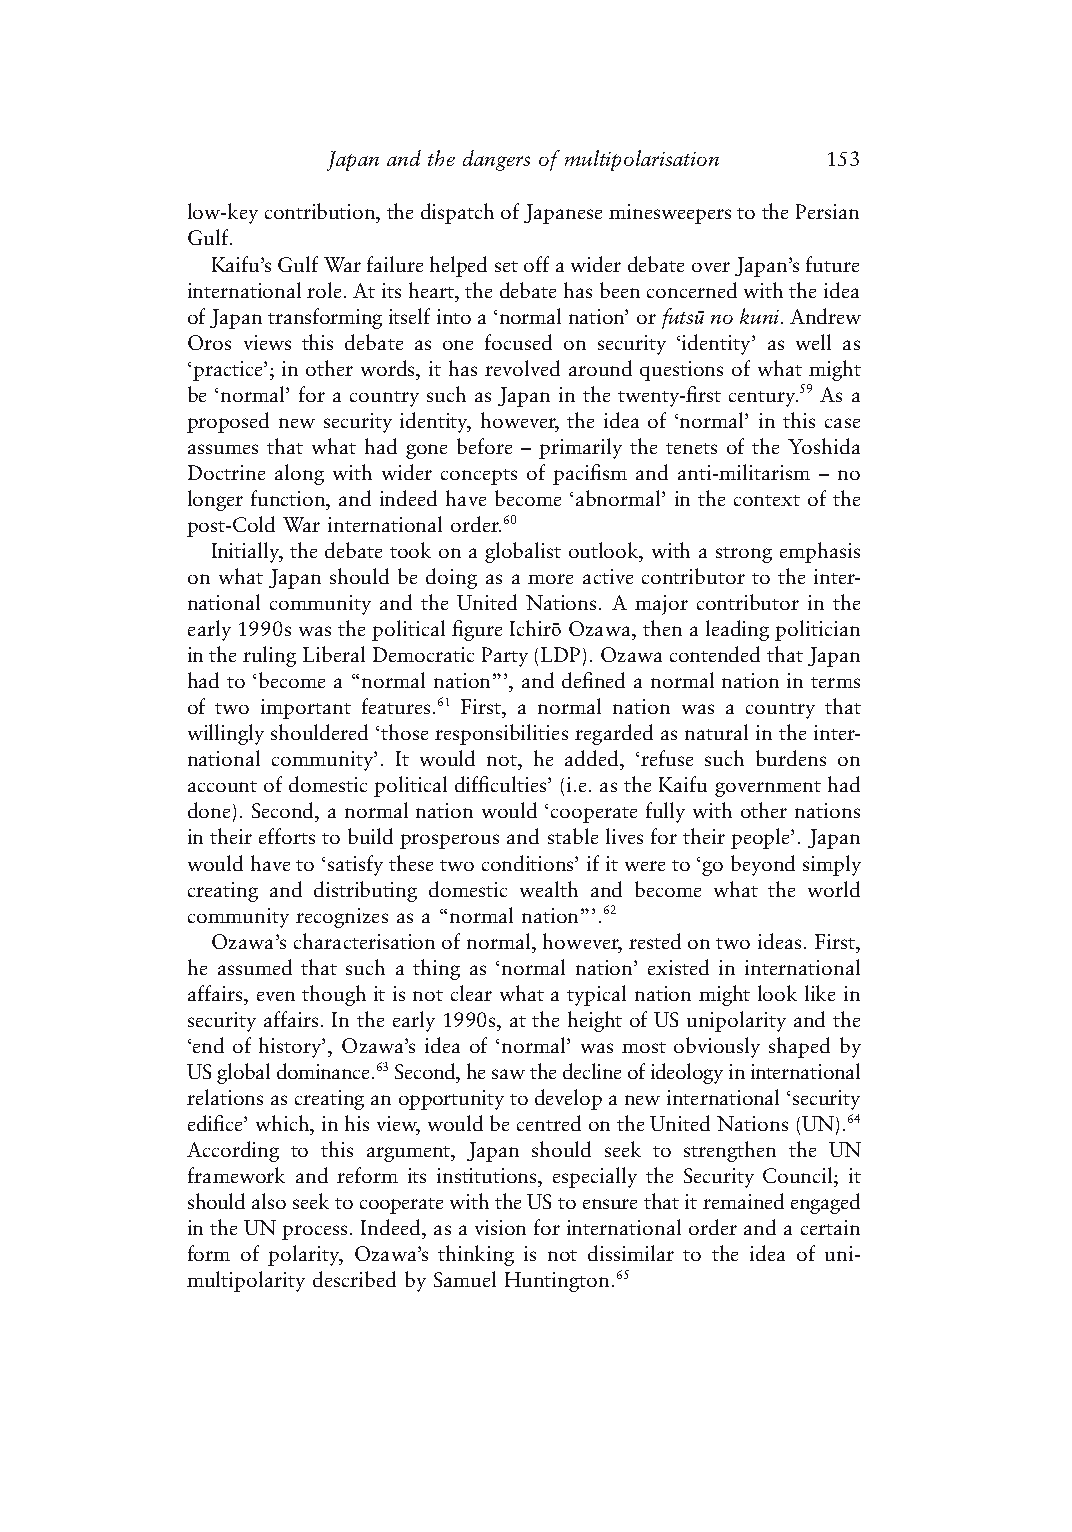
Japan and the dangers of multipolarisation 153
 low-key contribution, the dispatch of Japanese minesweepers to the Persian
 Gulf.
 Kaifu’s Gulf War failure helped set off a wider debate over Japan’s future
 international role. At its heart, the debate has been concerned with the idea
 of Japan transforming itself into a ‘normal nation’ or futsū no kuni. Andrew
 Oros views this debate as one focused on security ‘identity’ as well as
 ‘practice’; in other words, it has revolved around questions of what might
 be ‘normal’ for a country such as Japan in the twenty-first century.59 As a
 proposed new security identity, however, the idea of ‘normal’ in this case
 assumes that what had gone before – primarily the tenets of the Yoshida
 Doctrine along with wider concepts of pacifism and anti-militarism – no
 longer function, and indeed have become ‘abnormal’ in the context of the
 post-Cold War international order.60
 Initially, the debate took on a globalist outlook, with a strong emphasis
 on what Japan should be doing as a more active contributor to the inter-
 national community and the United Nations. A major contributor in the
 early 1990s was the political figure Ichirō Ozawa, then a leading politician
 in the ruling Liberal Democratic Party (LDP). Ozawa contended that Japan
 had to ‘become a “normal nation”’, and defined a normal nation in terms
 of two important features.61 First, a normal nation was a country that
 willingly shouldered ‘those responsibilities regarded as natural in the inter-
 national community’. It would not, he added, ‘refuse such burdens on
 account of domestic political difficulties’ (i.e. as the Kaifu government had
 done). Second, a normal nation would ‘cooperate fully with other nations
 in their efforts to build prosperous and stable lives for their people’. Japan
 would have to ‘satisfy these two conditions’ if it were to ‘go beyond simply
 creating and distributing domestic wealth and become what the world
 community recognizes as a “normal nation”’.62
 Ozawa’s characterisation of normal, however, rested on two ideas. First,
 he assumed that such a thing as ‘normal nation’ existed in international
 affairs, even though it is not clear what a typical nation might look like in
 security affairs. In the early 1990s, at the height of US unipolarity and the
 ‘end of history’, Ozawa’s idea of ‘normal’ was most obviously shaped by
 US global dominance.63 Second, he saw the decline of ideology in international
 relations as creating an opportunity to develop a new international ‘security
 edifice’ which, in his view, would be centred on the United Nations (UN).64
 According to this argument, Japan should seek to strengthen the UN
 framework and reform its institutions, especially the Security Council; it
 should also seek to cooperate with the US to ensure that it remained engaged
 in the UN process. Indeed, as a vision for international order and a certain
 form of polarity, Ozawa’s thinking is not dissimilar to the idea of uni-
 multipolarity described by Samuel Huntington.65